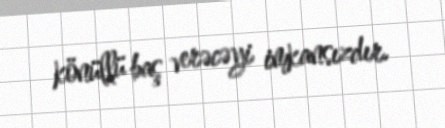
könüllü baş verəcəyi imkansızdır.